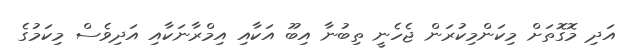
އަދި މޮގޮތަށް މިކަންމިކުރަން ޖެހެނީ ތިބުނާ އިބޫ އަކާއި އިމްރާނަކާއި އަދިވެސް މިކަމުގެ